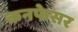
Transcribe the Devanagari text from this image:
कनफेसर